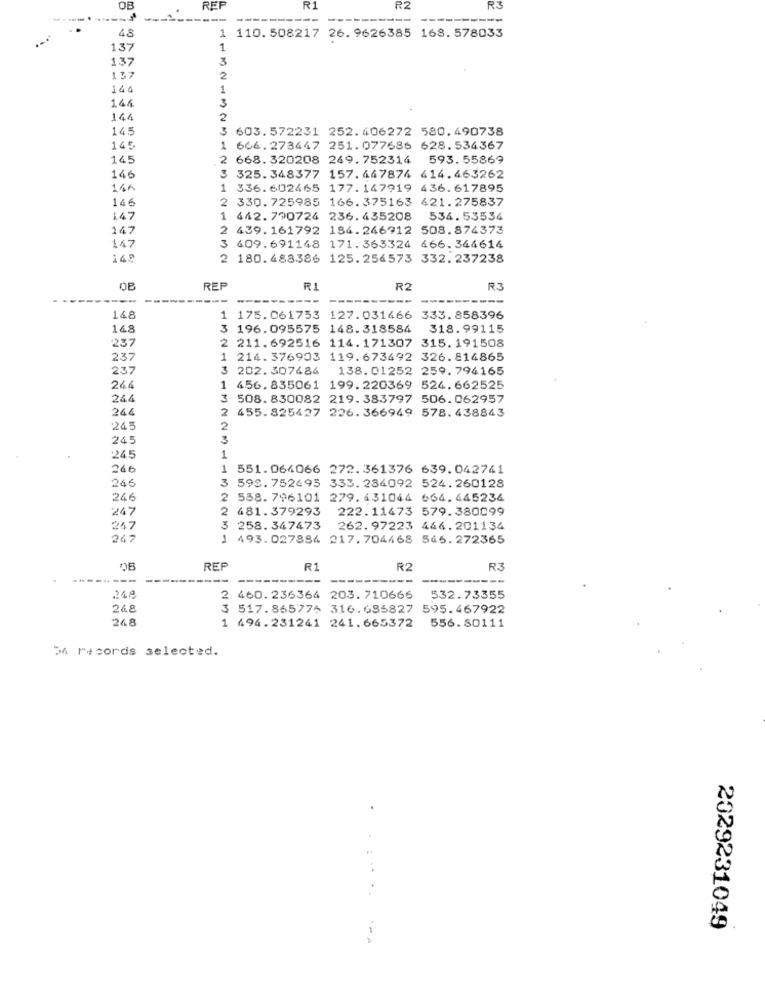
REP
R1
122
R3
43
1 110.508217 26.9626385 168. 578033
137
1
137
3
137
2
144
3
144
144
2
145
3
603.572231 252.406272 580.490738
145
666.273447 251.077686 628.534367
145
2 668. 320208 249. 752314 593.55869
146
3 325.348377 157.447874 414.463262
146
1 336.602465 177.147919 436.617895
146
2 330.725985
166. 375163 421.275837
147
1 442. 790724 236. 435208
534. 53534
147
2 439. 161792 184.246912 508.874373
147
3 609.691148 171.363324 466.344614
2 180. 488386 125. 256573 332. 237238
08
REP
R1
R2
R3
148
1 175.061753 127.031466 333.858396
168
3 196.095575
148. 318584
318.99115
237
2 211.692516 114.171307 315.191508
237
214. 376903 119. 673492 326.814865
237
3
202. 307484 138. 01252 259. 794165
246
456. 835061 199. 220369 524.662525
244
508. 830082 219.383797 506.062957
24
2
455.825427 226.366949 578. 438843
245
245
245
1
246
1 551.064066 272.361376 639.042741
246
3
598. 752495 333. 284092 524. 260128
246
2
538. 796101 279. 431044 664. 645234
247
2
481.379293
222.11473 579.380099
247
3 258. 347473
262. 97223 446.201134
247
1 493.027884 217.704468 546.272365
OB
REF
R1
R2
R3
---
---
---
248
2 460.236364 203. 710666
532.73355
248
3 517.865776 316.685827 595.467922
26.8
556.80111
1 494.231241 241.665372
54 records selected.
.......
2029231049